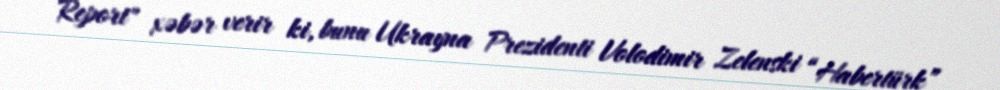
Report" xəbər verir ki, bunu Ukrayna Prezidenti Volodimir Zelenski “Habertürk”